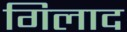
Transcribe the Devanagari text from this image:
गिलाद